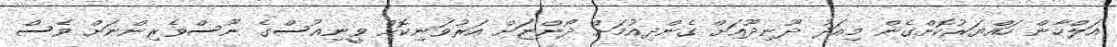
އަލްހާން ހައްޔަރުކޮށްގެން މިއަދު ދޫނިދޫއަށް ގެންދިއުމަށް ދޯންޏަށް އަރުވަނިކޮށް ވީނިއުސްގެ ނޫސްވެރިންނަށް ވެސް